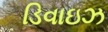
ડિવાઇઝ